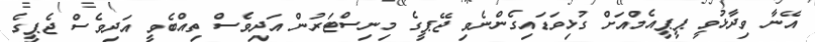
އޭނާ ވިދާޅުވީ ޕީޕީއެމްއަށް ގުޅިވަޑައިގެންނެވި ޖޭޕީގެ މިނިސްޓަރުން އަދިވެސް ތިއްބެވީ އަދިވެސް ޖެޕީގެ